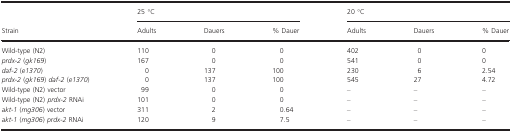
<table><thead><tr><td rowspan="2"><b>Strain</b></td><td colspan="3"><b>25 °C</b></td><td colspan="3"><b>20 °C</b></td></tr><tr><td><b>Adults</b></td><td><b>Dauers</b></td><td><b>% Dauer</b></td><td><b>Adults</b></td><td><b>Dauers</b></td><td><b>% Dauer</b></td></tr></thead><tbody><tr><td>Wild-type (N2)</td><td>110</td><td>0</td><td>0</td><td>402</td><td>0</td><td>0</td></tr><tr><td><i>prdx-2</i> (<i>gk169</i>)</td><td>167</td><td>0</td><td>0</td><td>541</td><td>0</td><td>0</td></tr><tr><td><i>daf-2</i> (<i>e1370</i>)</td><td>0</td><td>137</td><td>100</td><td>230</td><td>6</td><td>2.54</td></tr><tr><td><i>prdx-2</i> (<i>gk169</i>) <i>daf-2</i> (<i>e1370</i>)</td><td>0</td><td>137</td><td>100</td><td>545</td><td>27</td><td>4.72</td></tr><tr><td>Wild-type (N2) vector</td><td>99</td><td>0</td><td>0</td><td>–</td><td>–</td><td>–</td></tr><tr><td>Wild-type (N2) <i>prdx-2</i> RNAi</td><td>101</td><td>0</td><td>0</td><td>–</td><td>–</td><td>–</td></tr><tr><td><i>akt-1</i> (<i>mg306</i>) vector</td><td>311</td><td>2</td><td>0.64</td><td>–</td><td>–</td><td>–</td></tr><tr><td><i>akt-1</i> (<i>mg306</i>) <i>prdx-2</i> RNAi</td><td>120</td><td>9</td><td>7.5</td><td>–</td><td>–</td><td>–</td></tr></tbody></table>